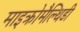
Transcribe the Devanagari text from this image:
माइक्रोमैल्थिडी